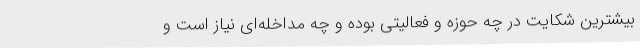
بیشترین شکایت در چه حوزه و فعالیتی بوده و چه مداخله‌ای نیاز است و